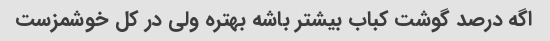
اگه درصد گوشت کباب بیشتر باشه بهتره ولی در کل خوشمزست